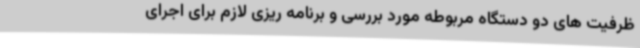
ظرفیت های دو دستگاه مربوطه مورد بررسی و برنامه ریزی لازم برای اجرای